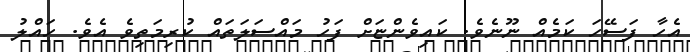
އެހާ ފަސޭހަ ކަމެއް ނޫނެވެ. ކައިވެންޏަށް ފަހު މައްސަލަތައް ކުރިމަތިވެ އެވެ. ހައްލު